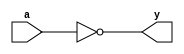
//inverter
module _inv(y, a);
	input a;					//input
	output y;	
	
	assign y = ~a;			//output
endmodule

//2-to-1 AND
module _and2(y, a, b);
	input a, b;				//input
	output y;
	
	assign y = a & b;		//output
endmodule

//2-to-1 NAND
module _nand2(y, a, b);
	input a, b;				//input
	output y;	
	
	assign y = ~(a & b);	//output
endmodule

//2-to-1 OR
module _or2(y, a, b);
	input a, b;				//input
	output y;
	
	assign y = a | b;		//output
endmodule

//2-to-1 XOR
module _xor2(y, a, b);
	input a, b;				//input
	output y;
	
	wire iv_a, iv_b;	//store inverted a and inverted b
	wire w0, w1;			
	
	_inv iv0(.y(iv_b), .a(b));				//iv_b = ~b
	_inv iv1(.y(iv_a), .a(a));				//iv_a = ~a
	_and2 and20(.y(w0), .a(a), .b(iv_b)); //w0 = a | ~b
	_and2 and21(.y(w1), .a(iv_a), .b(b));	//w1 = ~a | b
	_or2 or20(.y(y), .a(w0), .b(w1)); 		//y = w0 | w1
endmodule

//3-to-1 AND
module _and3(y, a, b, c);
	input a, b, c;	//input
	output y;
	
	assign y = a & b & c;	//output
endmodule

//4-to-1 AND
module _and4(y, a, b, c, d);
	input a, b, c, d;	//intput
	output y;
	
	assign y = a & b & c & d;	//output
endmodule

//5-to-1 AND
module _and5(y, a, b, c, d, e);
	input a, b, c, d, e;	//input
	output y;
	
	assign y = a & b & c & d & e;	//output
endmodule

//3-to-1 OR
module _or3(y, a, b, c);
	input a, b, c;	//input
	output y;
	
	assign y = a | b | c;	//output
endmodule

//4-to-1 OR
module _or4(y, a, b, c, d);
	input a, b, c, d;	//input
	output y;
	
	assign y = a | b | c | d;	//output
endmodule

//5-to-1 OR
module _or5(y, a, b, c, d, e);
	input a, b, c, d, e;	//input
	output y;
	
	assign y = a | b | c | d | e;	//output
endmodule